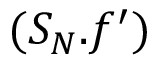
( S _ { N } . f ^ { \prime } )